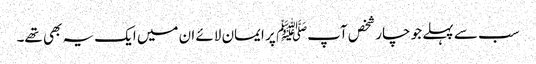
سب سے پہلے جو چار شخص آپﷺ پر ایمان لائے ان میں ایک یہ بھی تھے۔